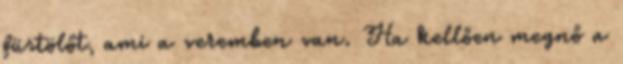
füstölőt, ami a veremben van. Ha kellően megnő a